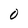
Character: 0